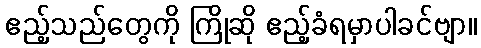
ဧည့်သည်တွေကို ကြိုဆို ဧည့်ခံရမှာပါခင်ဗျာ။